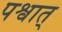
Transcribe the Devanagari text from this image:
पश्वात्